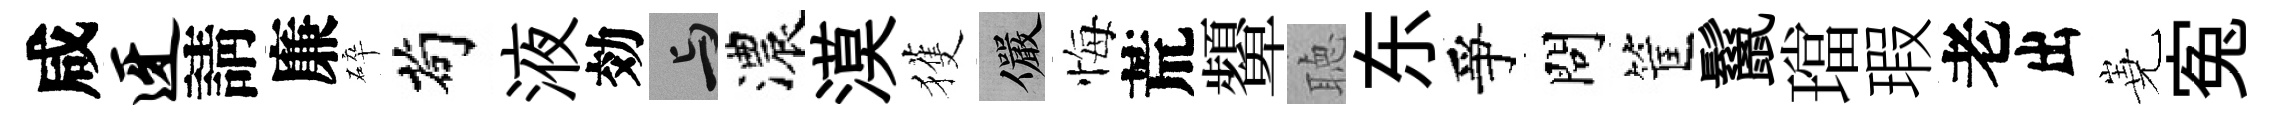
咸迓請廉碎茍液効与濃漠獲儼悔荒顰聴东爭問筐鬣璫瑕老出嶤寃